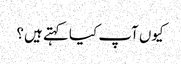
کیوں آپ کیا کہتے ہیں؟